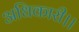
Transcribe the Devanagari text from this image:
अधिकारी।।